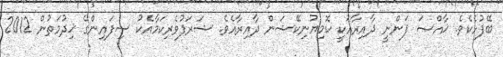
ބޭފުޅެކެވެ. ޚާއްޞަ ފަންނީ ދާއިރާއަކީ ކޮމިޔުނިކޭޝަން ދާއިރާއެވެ. ޝަރަފުވެރިކަމާއެކު ސިފައިންގެ ޚިދުމަތުން 2012